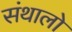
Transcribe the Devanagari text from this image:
संथालो